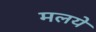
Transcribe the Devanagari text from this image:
मलये